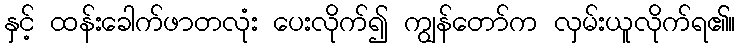
နှင့် ထန်းခေါက်ဖာတလုံး ပေးလိုက်၍ ကျွန်တော်က လှမ်းယူလိုက်ရ၏။